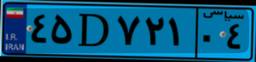
۰۱D۰۳۱۵۵